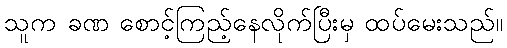
သူက ခဏ စောင့်ကြည့်နေလိုက်ပြီးမှ ထပ်မေးသည်။